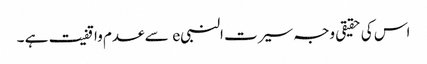
اس کی حقیقی وجہ سیرت النبیe سے عدم واقفیت ہے ۔